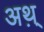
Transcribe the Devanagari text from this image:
अथ़्